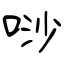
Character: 唦